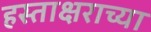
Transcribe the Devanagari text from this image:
हस्ताक्षराच्या